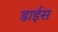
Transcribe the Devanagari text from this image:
डाईस